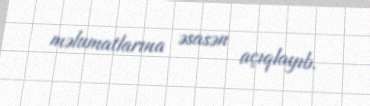
məlumatlarına əsasən açıqlayıb.